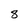
Character: 8